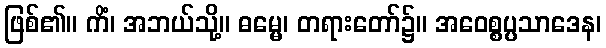
ဖြစ်၏။ ကိံ၊ အဘယ်သို့။ ဓမ္မေ၊ တရားတော်၌။ အဝေစ္စပ္ပသာဒေန၊